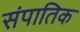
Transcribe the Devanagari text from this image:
संपातिक